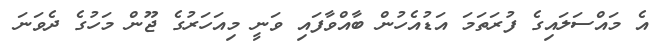
އެ މައްސަލައިގެ ފުރަތަމަ އަޑުއެހުން ބާއްވާފައި ވަނީ މިއަހަރުގެ ޖޫން މަހުގެ ދެވަނަ